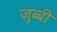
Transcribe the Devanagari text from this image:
ज़ुब्बी